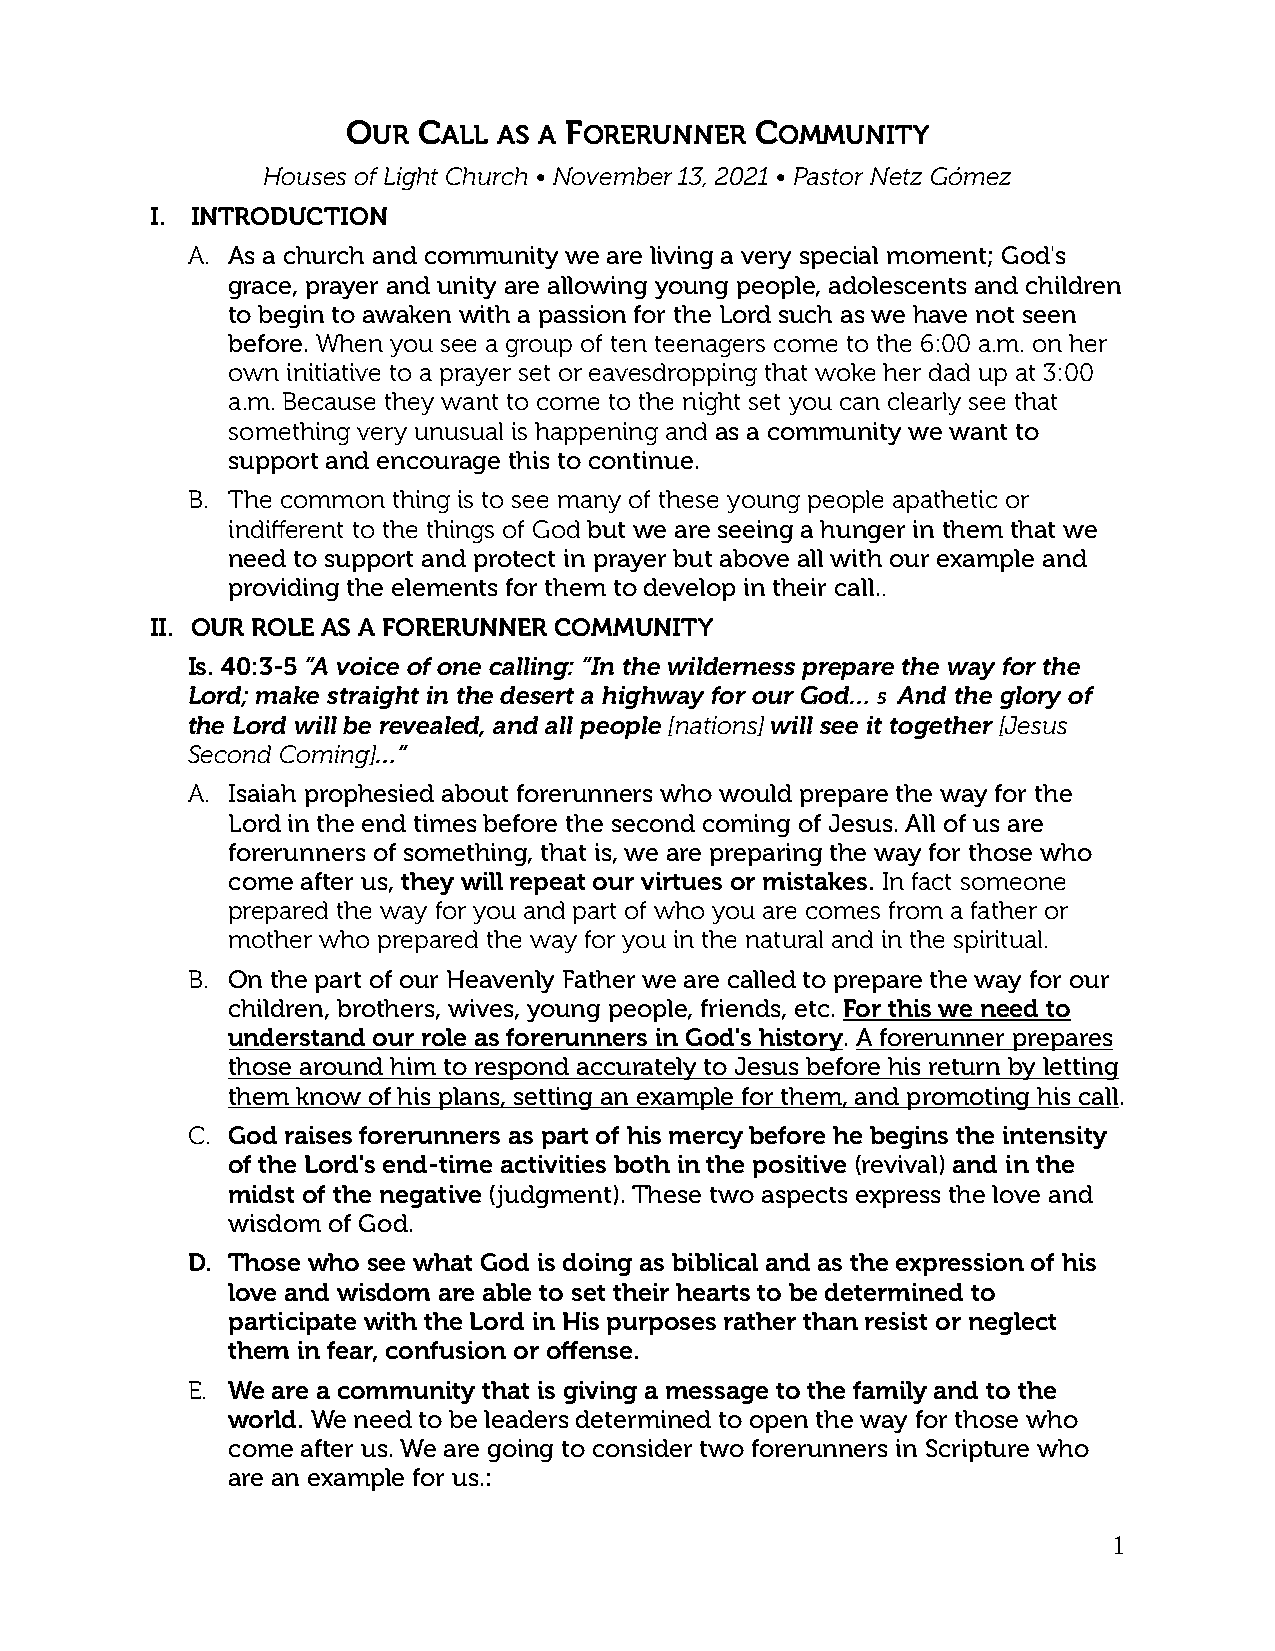
OUR  CALL AS A FORERUNNER  COMMUNITY
 Houses of Light Church • November 13, 2021 • Pastor Netz Gómez
 I. INTRODUCTION
 A. As a church and community we are living a very special moment; God's
 grace, prayer and unity are allowing young people, adolescents and children
 to begin to awaken with a passion for the Lord such as we have not seen
 before. When you see a group of ten teenagers come to the 6:00 a.m. on her
 own initiative to a prayer set or eavesdropping that woke her dad up at 3:00
 a.m. Because they want to come to the night set you can clearly see that
 something very unusual is happening and as a community we want to
 support and encourage this to continue.
 B. The common thing is to see many of these young people apathetic or
 indifferent to the things of God but we are seeing a hunger in them that we
 need to support and protect in prayer but above all with our example and
 providing the elements for them to develop in their call..
 II. OUR ROLE AS A FORERUNNER COMMUNITY
 Is. 40:3-5 “A voice of one calling: “In the wilderness prepare the way for the
 Lord; make straight in the desert a highway for our God… 5 And the glory of
 the Lord will be revealed, and all people [nations] will see it together [Jesus
 Second Coming]…”
 A. Isaiah prophesied about forerunners who would prepare the way for the
 Lord in the end times before the second coming of Jesus. All of us are
 forerunners of something, that is, we are preparing the way for those who
 come after us, they will repeat our virtues or mistakes. In fact someone
 prepared the way for you and part of who you are comes from a father or
 mother who prepared the way for you in the natural and in the spiritual.
 B. On the part of our Heavenly Father we are called to prepare the way for our
 children, brothers, wives, young people, friends, etc. For this we need to
 understand our role as forerunners in God's history. A forerunner prepares
 those around him to respond accurately to Jesus before his return by letting
 them know of his plans, setting an example for them, and promoting his call.
 C. God raises forerunners as part of his mercy before he begins the intensity
 of the Lord's end-time activities both in the positive (revival) and in the
 midst of the negative (judgment). These two aspects express the love and
 wisdom of God.
 D. Those who see what God is doing as biblical and as the expression of his
 love and wisdom are able to set their hearts to be determined to
 participate with the Lord in His purposes rather than resist or neglect
 them in fear, confusion or offense.
 E. We are a community that is giving a message to the family and to the
 world. We need to be leaders determined to open the way for those who
 come after us. We are going to consider two forerunners in Scripture who
 are an example for us.:
 1